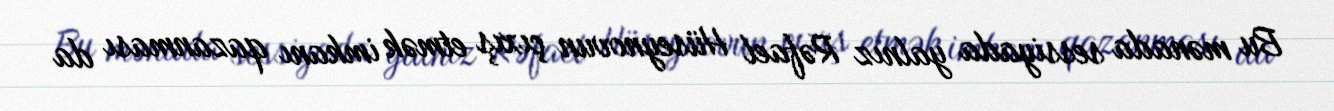
Bu mənada sessiyada yalnız Rəfael Hüseynovun çıxış etmək imkanı qazanması da